Eesti_Ajutise_Maavalitsuse_haridusosakond, lk 68
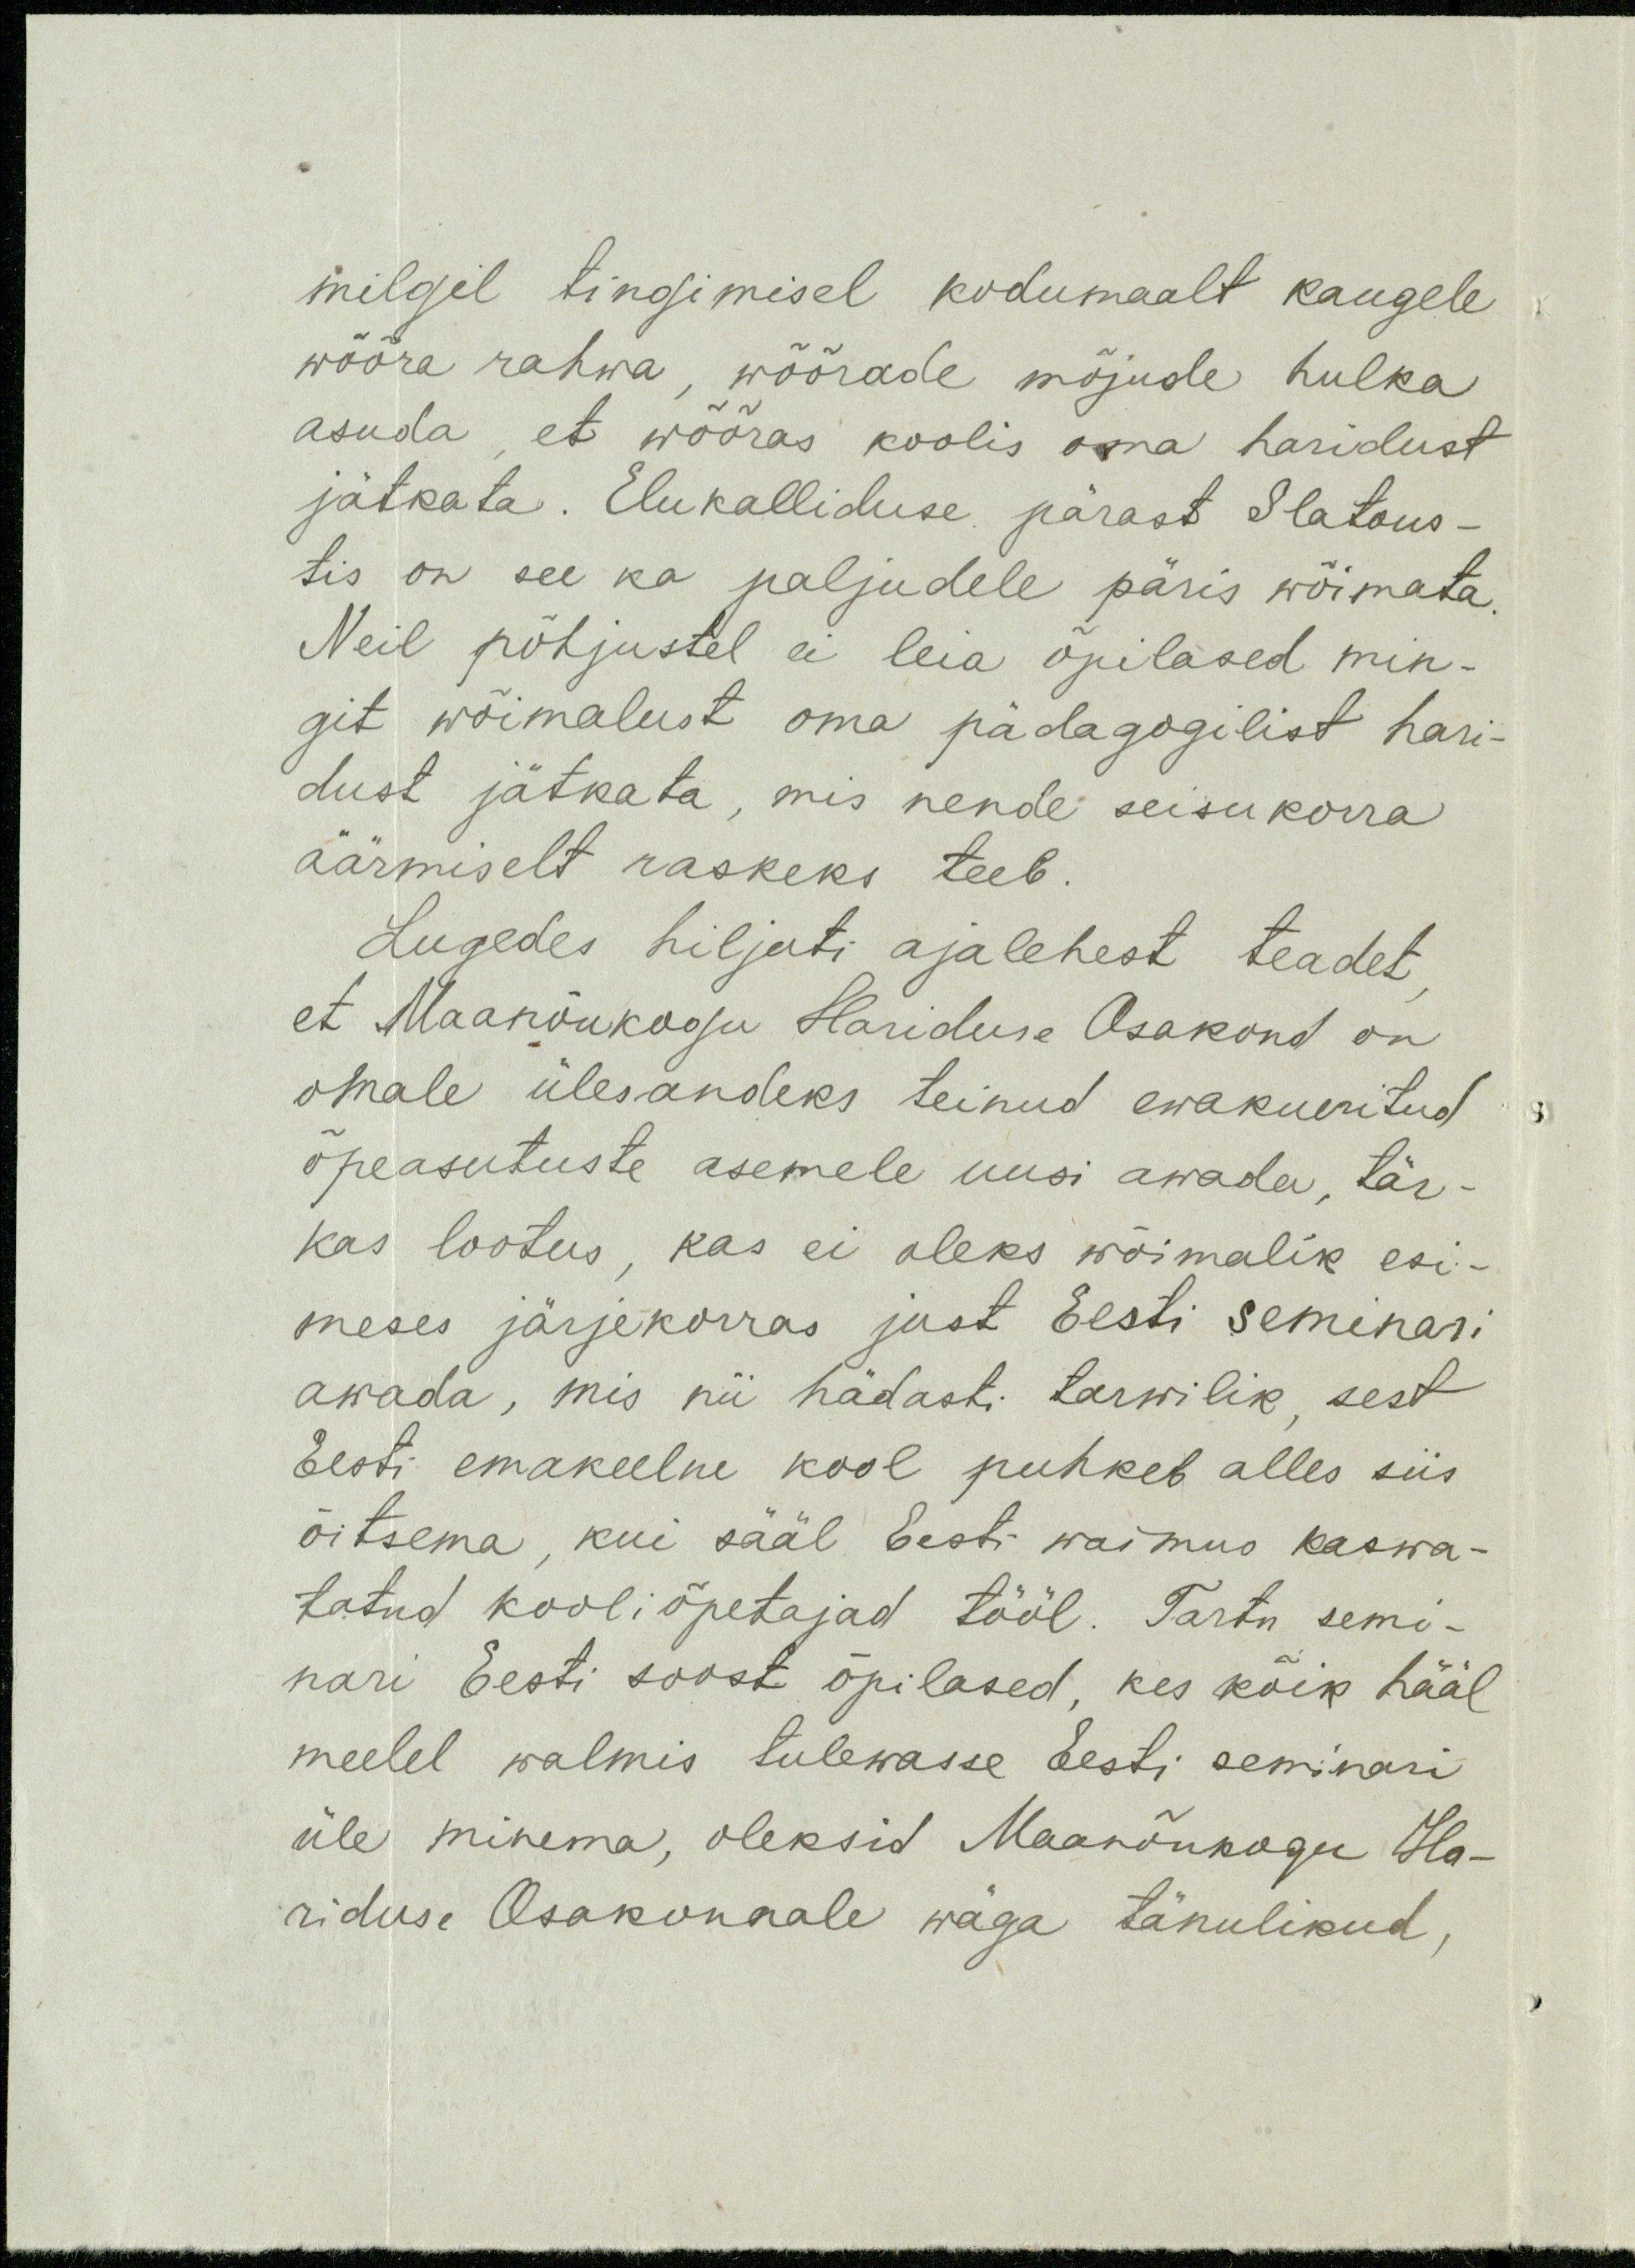
milgil tingimisel kodumaalt kaugele
wõõra rahwa, wõõrade mõjude hulka
asuda, et wõõras koolis oma haridust
jätkata. Elukalliduse pärast Slatous-
tis on see ka paljudele päris wõimata.
Neil põhjustel ei leia õpilased min-
git wõimalust oma pädagogilist hari-
dust jätkata, mis nende seisukorra
äärmiselt raskeks teeb.
Lugedes hiljuti ajalehest teadet
et Maanõukogu Hariduse Osakond on
omale ülesandeks teinud ewakueritud
õpeasutuste asemele uusi awada, tär-
kas lootus, kas ei oleks wõimalik esi-
meses järjekorras just Eesti seminari
awada, mis nii hädasti tarwilik, sest
Eesti emakeelne kool puhkeb alles siis
õitsema, kui sääl Eesti waimus kaswa-
tatud kooli õpetajad tööl. Tartu semi-
nari Eesti soost õpilased, kes kõik hääl
meelel walmis tulewasse Eesti seminari
üle minema, oleksid Maanõukogu Ha-
riduse Osakonnale wäga tänulikud,